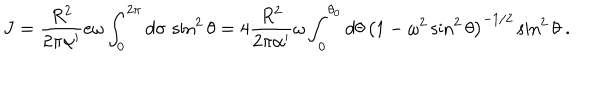
J = { \frac { R ^ { 2 } } { 2 \pi \alpha ^ { \prime } } } e \omega \int _ { 0 } ^ { 2 \pi } d \sigma \, \sin ^ { 2 } \theta = 4 { \frac { R ^ { 2 } } { 2 \pi \alpha ^ { \prime } } } \omega \int _ { 0 } ^ { \theta _ { 0 } } d \theta \, \left( 1 - \omega ^ { 2 } \sin ^ { 2 } \theta \right) ^ { - 1 / 2 } \sin ^ { 2 } \theta \ .